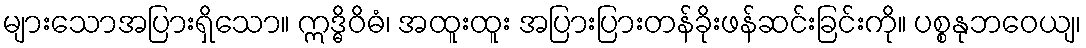
များသောအပြားရှိသော။ ဣဒ္ဓိဝိဓံ၊ အထူးထူး အပြားပြားတန်ခိုးဖန်ဆင်းခြင်းကို။ ပစ္စနုဘဝေယျ၊